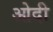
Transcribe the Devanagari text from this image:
ओदी